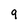
Character: 9